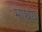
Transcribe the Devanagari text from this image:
माथय